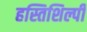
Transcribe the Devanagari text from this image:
हस्तिशिल्पी